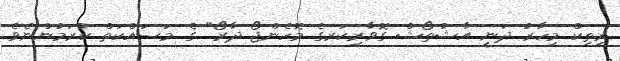
ރިތިކް މިހާރު ދަނީ އާޝުތޯޝް ގޮވާރިކަރގެ މޮހެންޖޯ ދާރޯ" ގެ މަސައްކަތް ކުރަމުންނެވެ.